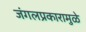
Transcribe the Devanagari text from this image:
जंगलप्रकारामुळे